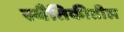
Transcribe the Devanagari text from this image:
स्थैतिकीतील